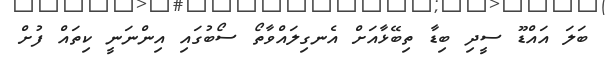
ބަލަ އައްޑޫ ސީދި ބިޑާ ތިބޭޅާއަށް އެނގިލައްވާތޯ ސޯބުގައި އިންނަނީ ކިތައް ފުށް